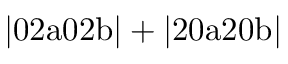
\mathrm { | 0 2 a 0 2 b | + | 2 0 a 2 0 b | }